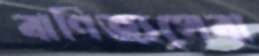
বাণিজ্যসেবা